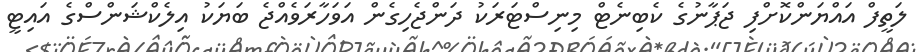
ލަތީފް އައްޔަންކޮށްފި ޖަޕާނުގެ ކެބިނެޓް މިނިސްޓަރަކު ދަންޖެހިގެން އަވަހާރަވެއްޖެ ބަޔަކު އިލެކްޝަންސްގެ އައިޓީ